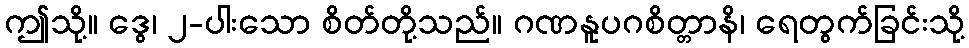
ဤသို့။ ဒွေ၊ ၂-ပါးသော စိတ်တို့သည်။ ဂဏနူပဂစိတ္တာနိ၊ ရေတွက်ခြင်းသို့